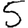
Digit: 5